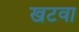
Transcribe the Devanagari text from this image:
खटवा